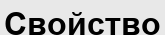
Свойство